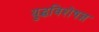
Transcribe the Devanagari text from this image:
युद्धविशेषज्ञ